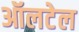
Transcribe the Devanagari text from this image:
ऑलटेल